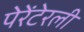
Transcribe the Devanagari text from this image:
पेरेंटेरली